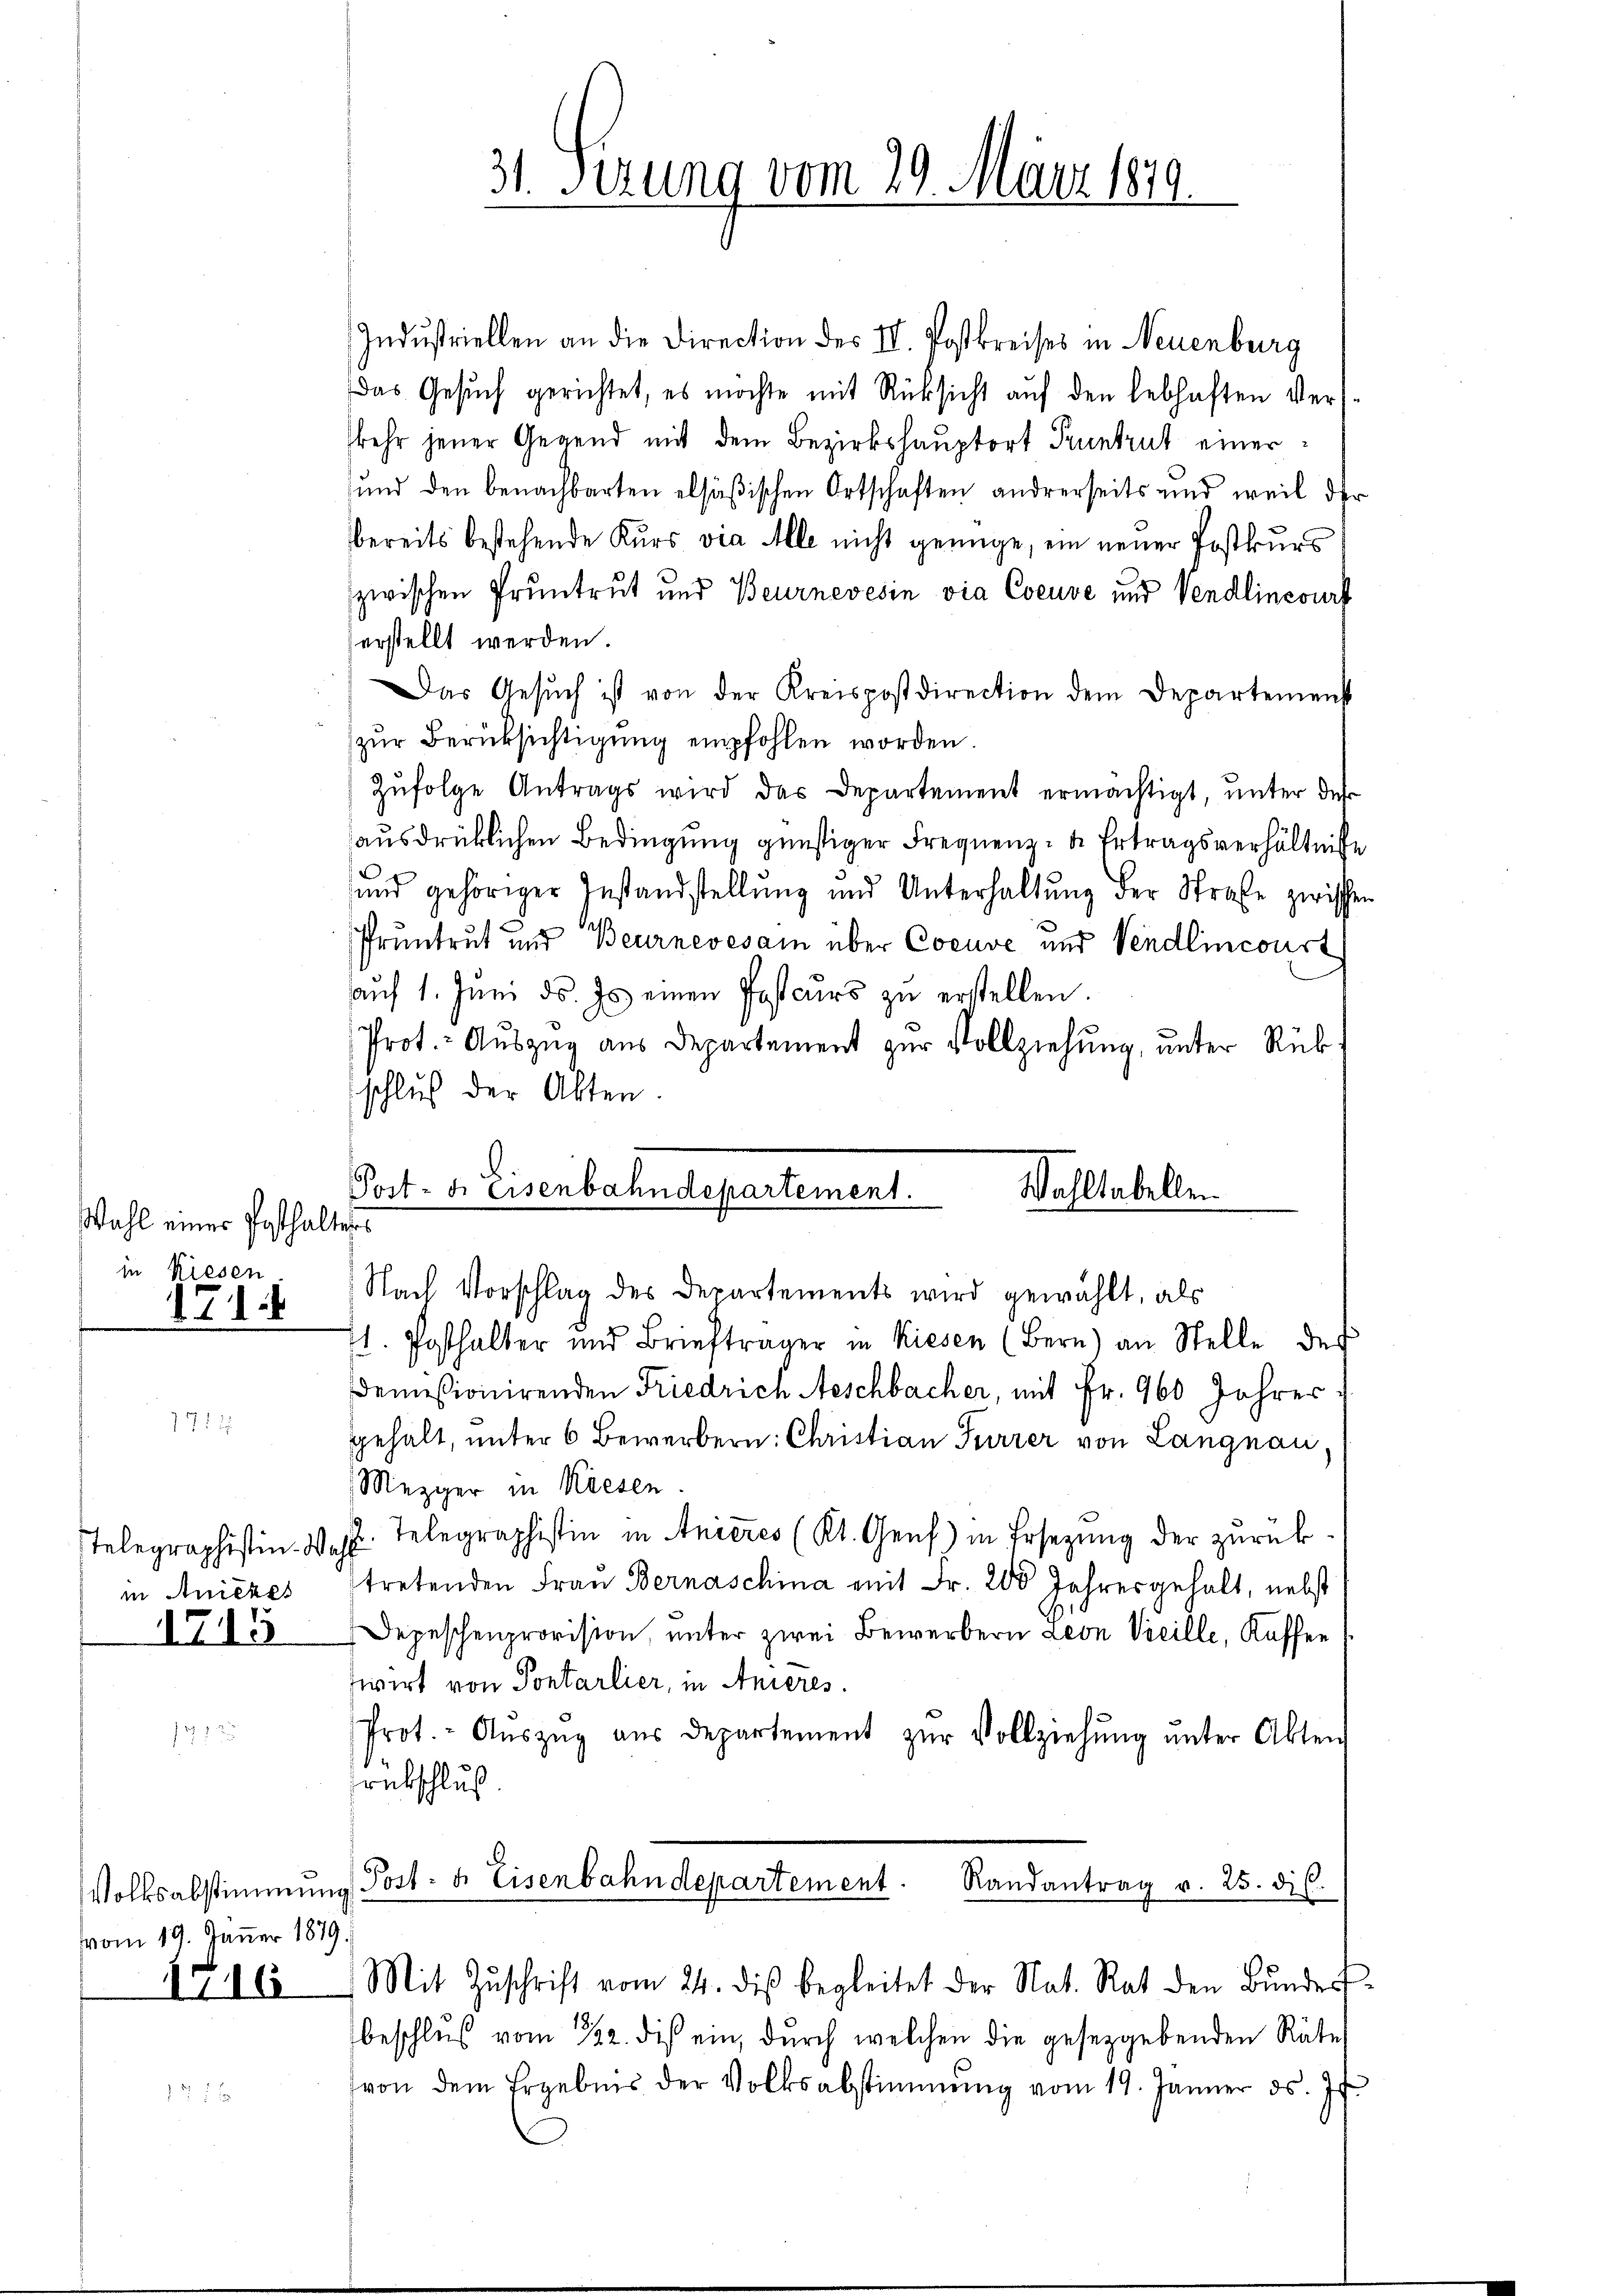
Wahl einer Posthaltetes
in Riesen
1714

1715

vom 19. Jänner 1879.

31. Serung vom 29. März 1879.

Indŭstriellen an die Direction des II. Postkreises in Neuenburg
Das Gesuch gerichtet, es möchte mit Rücksicht auf den lebhaften Verskehr jener Gegend mit dem Bezirkshauptort Pruntrut einer¬
und den benachbarten elsäßischen Ortschaften andrerseits und weil der
bereits bestehende Kurs via Alle nicht genüge, ein neuer Postkurs
zwischen Pruntrut und Beurnevesin via Coeuve und Vendlincourt
erstellt werden.
Das Gesŭch ist von der Kreispostdirection dem Departemenst
zur Berücksichtigung empfohlen worden.
Zŭfolge Antrags wird das Departement ermächtigt, ŭnter des
ausdrücklichen Bedingung günstiger Frequenz- u Ertragsverhältnisse
¬
und gehöriger Instandstellung und Unterhaltung der Straße zwischen
Pruntrut und Beurnevesam über Coeuve und Vendlincourt
aŭf 1. Jŭni d. Js. einen Postcŭrs zŭ erstellen.
Prot. - Auszug aus Departement zur Vollziehung, unter Rükschluß der Akten.
Post- u. Eisenbahndepartement.
Wahltabellen

Nach Vorschlag des Departements wird gewählt, als

11. Posthalter und Briefträger in Kiesen (Bern) an Stelle des
demissionirenden Friedrich Aeschbacher, mit Fr. 960 Jahres
gehalt, unter 6 Bewerbern: Christian Furrer von Langnau,
Mezger in Kiesen
Telegraphistin-Wahl. Telegraphistin in Anieres (Kt. Genf) in Ersezung der zurückin Aniczes tretenden Frau Bernaschina mit Fr. 200 Jahresgehalt, nebst
Depeschenprovision, unter zwei Bewerbern Leon Vicille, Kaffen
zwirt von Pontarlier, in Anieres.
Prot.- Aŭszŭg aŭs departement zŭr Vollziehŭng ŭnter Akten
rückschluß
Volksabstimmung Post- u. Eisenbahndepartement. Randantrag v. 25. dis
15 16 Mit Zŭschrift vom 24. diβ begleitet der Nat. Rat den Bŭndes-
beschlŭβ vom 322. dis ein, durch welchen die gesetzgebenden Räte
von dem Ergebnis der Volksabstimmung vom 19. Jänner ds. Js.